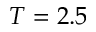
T = 2 . 5